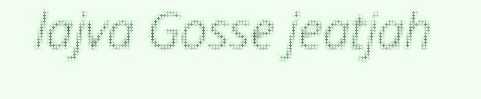
lajva Gosse jeatjah